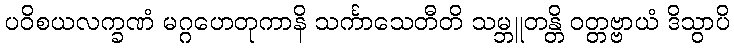
ပဝိစယလက္ခဏံ မဂ္ဂဟေတုကာနိ သင်္ကာသေတီတိ သမ္ဘူတန္တိ ဝတ္တဗ္ဗာယံ ဒိသွာပိ